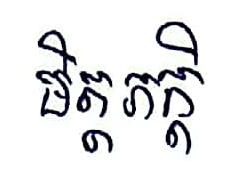
មិត្តភក្ដិ